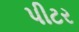
પીટર